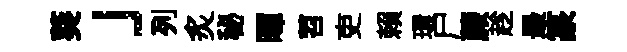
葵」列炙秘暉苕吏賴環尸蕨趁最篆